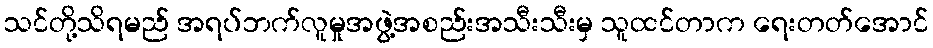
သင်တို့သိရမည် အရပ်ဘက်လူမှုအဖွဲ့အစည်းအသီးသီးမှ သူထင်တာက ရေးတတ်အောင်